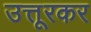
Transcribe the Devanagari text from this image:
उत्तूरकर